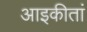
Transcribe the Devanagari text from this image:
आइकीतां